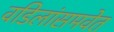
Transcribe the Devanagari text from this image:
वडिलांसमवेत